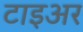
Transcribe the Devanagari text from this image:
टाइअर